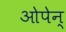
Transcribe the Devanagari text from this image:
ओपेन्